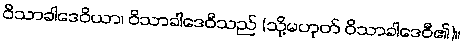
ဝိသာခါဒေဝိယာ၊ ဝိသာခါဒေဝီသည် (သို့မဟုတ် ဝိသာခါဒေဝီ၏)။